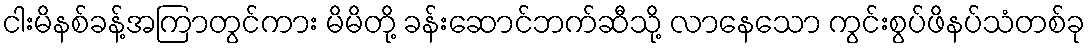
ငါးမိနစ်ခန့်အကြာတွင်ကား မိမိတို့ ခန်းဆောင်ဘက်ဆီသို့ လာနေသော ကွင်းစွပ်ဖိနပ်သံတစ်ခု